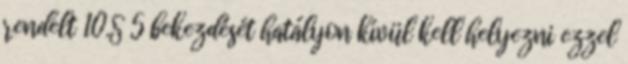
rendelt 10.§ 5 bekezdését hatályon kívül kell helyezni ezzel